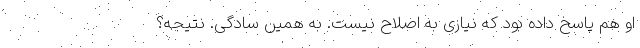
او هم پاسخ داده بود که نیازی به اصلاح نیست. به همین سادگی. نتیجه؟